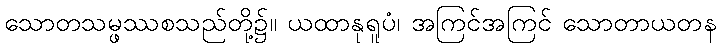
သောတသမ္ဖဿစသည်တို့၌။ ယထာနုရူပံ၊ အကြင်အကြင် သောတာယတန